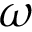
\omega